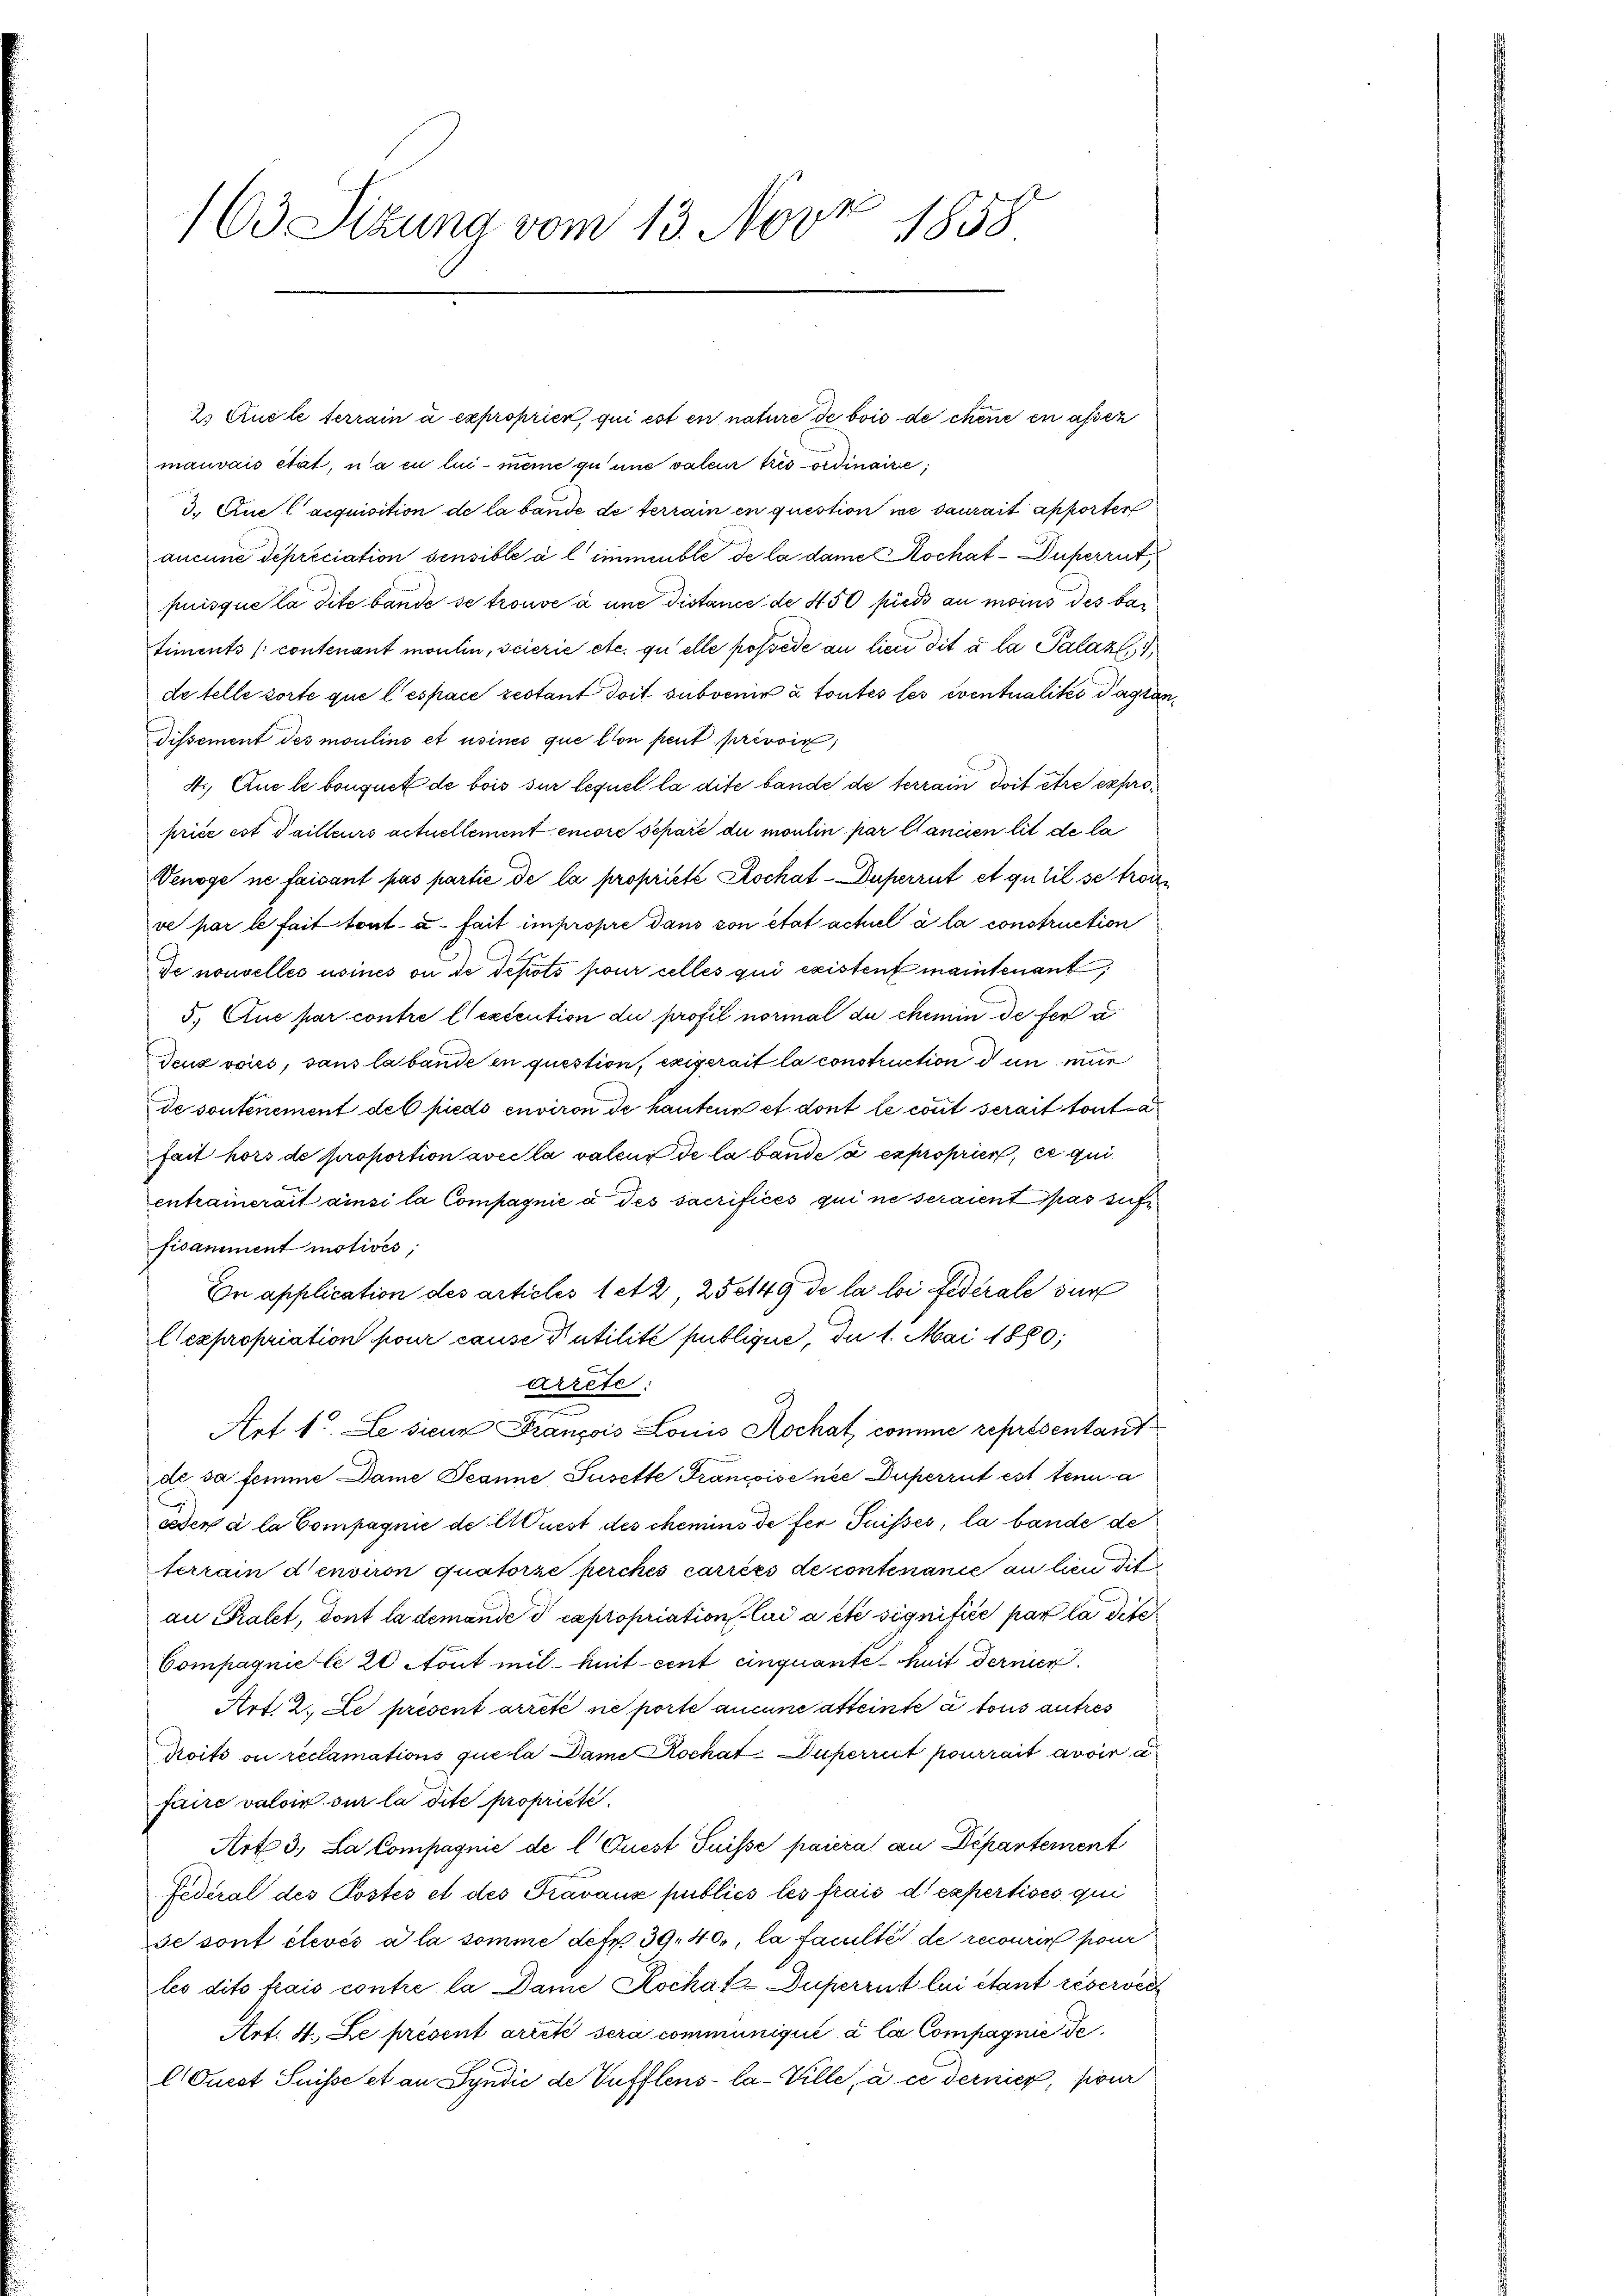
163. Sitzung vom 13. Nove
1858

2. Quele terrain à exproprien, qui est en nature de bois de chene en assen
mauvais état, n’a eu lin - meine zu une valeur tris ordinaire,
3. Que l’acquisition de la bande de terrain en question ne saurait apporten
aucune dépréciation sensible à l immeuble de la dame Rochat-Duperrut
puisque la dite bande se trouve à une distance de 450 piers au moins des bar
timents (contenant montin, scierie etc. quelle possédé au lieu dit à la Palaz
de telle sorte que lespace restant doit subvenir à toutes les eventualiter dage
Dissement des moulins et usines que con peut privoir,
4., Que le bouquet de bois sur lequel la dite bande de terrain doit être exproprice est Sailleurs actuellement encore séparé du moulin par Cancien lit de la
Venage ne faisant pas partie de la propriété Kochat-Duperrut et qulil se troi
ve par le fait tout- u. fait impropre dans von état actuel à la construction
de nouvelles usines ou de depots pour cellés qui existenz maintenant
5. Que par contre l’exécution du profil normal du chemin de fer u
Deuz voies, sans la bande en question, exigerait la construction d un nur
de soutenement des pieds environ de hauten et dont le crit serait tout a
fait hors de proportion avec la valeur de la bande a exproprier, et qui
entramerait ainsi la Compagnie a des sacrifices qui ne seraient pas siche
fisamment motivés;
En application des articles 1 et 2 250149 de la loi fédérale dur
lexpropriation pour cause Putilité publique, du 1. Mai 1880;
arrete:
A
Art. 1. Le sieur François Louis Hochat comme représentant
de sa femme Dame Jeanne Susette Francoise nie Duperrut est tenu a
oder à la Compagnie de liest des chemins de fer Puisses, la bande de
terrain denviron quatorze perches cariées de contenance an lien die
au Pratet, dont la demande d capropriation lud acte signifiée par la dite
Compagnie le 20 Nout mil-huit cent cinquante heit derner
Art. 2. Le present arreté ne porte aucune attente à tous autres
Proits ou reclamations que la Dame Rochat Superruit pourrait avoir a
faire valoir sur la dite propriété.
Art. 3, La Compagnie de l Quest Suisse paiera an Departement
Federal des Postes et des Fravaux publics les frais d expertises qui
se sont élevés a la somme defr. 39, 400, la faculté de recourir pour
les dits frais contre la Dame Kochatz Duperrut lui étant réserver
Art. 4. Le présentarieli sera communiqué à la Compagnie de
Quest Suisse et an Syndić de Vufflens-Ca-Ville, à ce dernier, pour